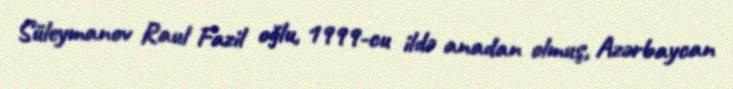
Süleymanov Raul Fazil oğlu, 1999-cu ildə anadan olmuş, Azərbaycan